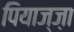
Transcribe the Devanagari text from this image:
पियाज्ज़ा